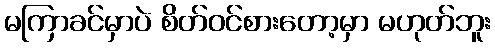
မကြာခင်မှာပဲ စိတ်ဝင်စားတော့မှာ မဟုတ်ဘူး